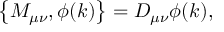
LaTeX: \left\{ M _ { \mu \nu } , \phi ( k ) \right\} = D _ { \mu \nu } \phi ( k ) ,